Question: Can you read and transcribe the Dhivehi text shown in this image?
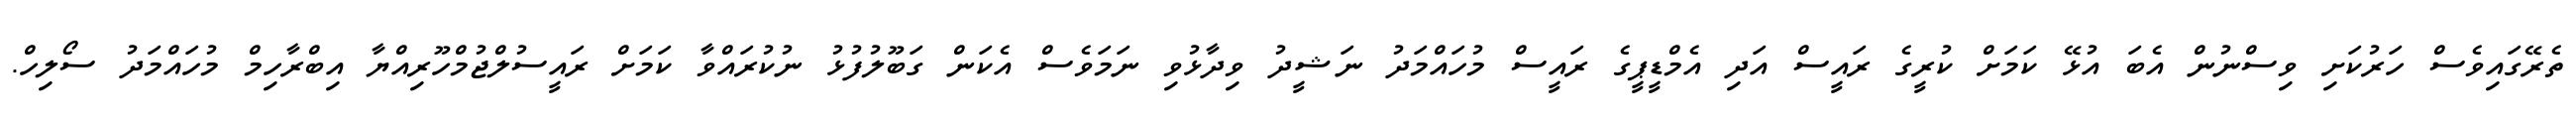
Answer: ތެރޭގައިވެސް ހަރުކަށި ވިސްނުން އެބަ އުޅޭ ކަމަށް ކުރީގެ ރައީސް އަދި އެމްޑީޕީގެ ރައީސް މުހައްމަދު ނަޝީދު ވިދާޅުވި ނަމަވެސް އެކަން ގަބޫލުފުޅު ނުކުރައްވާ ކަމަށް ރައީސުލްޖުމްހޫރިއްޔާ އިބްރާހިމް މުހައްމަދު ސޯލިހް.